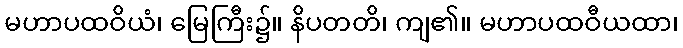
မဟာပထဝိယံ၊ မြေကြီး၌။ နိပတတိ၊ ကျ၏။ မဟာပထဝီယထာ၊